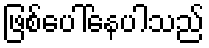
ဖြစ်ပေါ်နေပါသည်